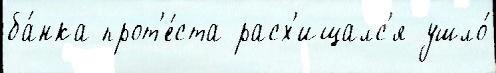
ба́нка прот'е́ста расх'ищалс'я ушло́